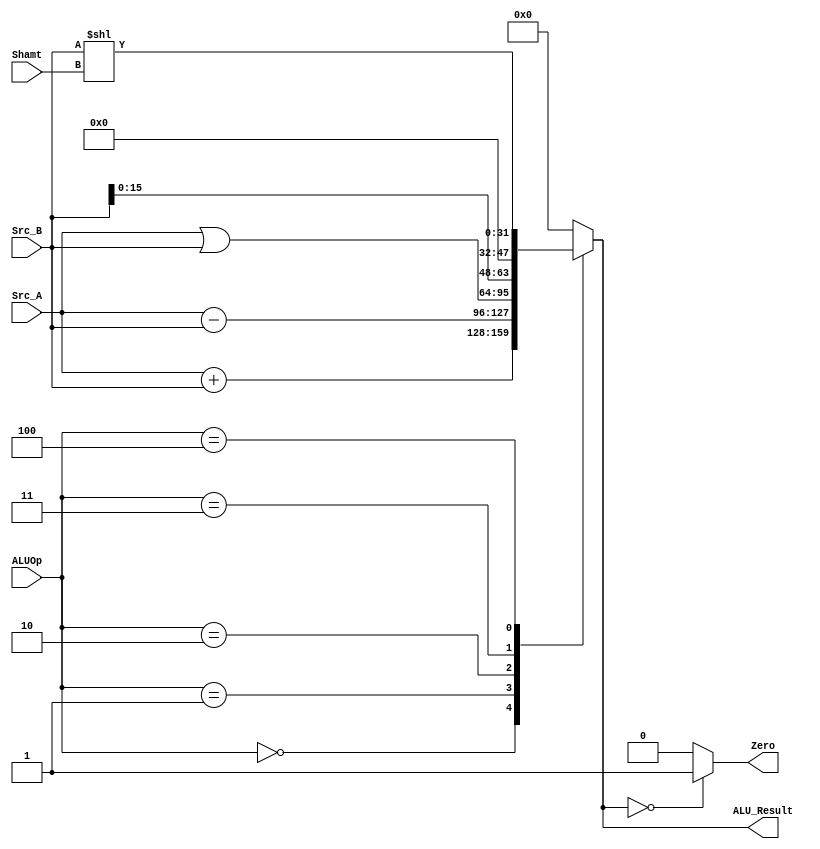
`timescale 1ns / 1ps
//////////////////////////////////////////////////////////////////////////////////
`define ADD  4'b0000
`define SUB  4'b0001
`define OR   4'b0010
`define LUI  4'b0011
`define SLL  4'b0100

module ALU(
    input [31:0] Src_A,
    input [31:0] Src_B,
    input [4:0] Shamt,
    input [3:0] ALUOp,
    output Zero,
    output [31:0] ALU_Result
);
    reg [31:0] result;
    assign ALU_Result=result;
    assign Zero=(ALU_Result==32'd0)?1'b1:1'b0;

  always @(*) begin
    case(ALUOp)
        `ADD:    result= Src_A + Src_B;
        `SUB:    result= Src_A - Src_B;
        `OR:     result= Src_A | Src_B;  
        `LUI:    result= { {Src_B[15:0]},16'd0};
        `SLL:    result= Src_B << Shamt;
        default:begin
          result=0;
        end
    endcase
  end
endmodule